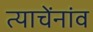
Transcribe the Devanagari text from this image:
त्याचेंनांव